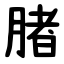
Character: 䐗